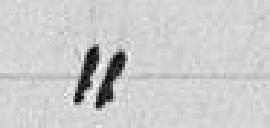
»